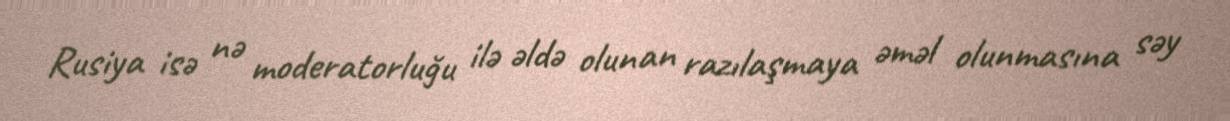
Rusiya isə nə moderatorluğu ilə əldə olunan razılaşmaya əməl olunmasına səy